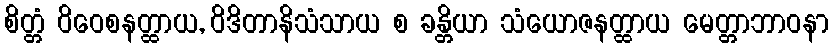
စိတ္တံ ဝိဝေစနတ္ထာယ, ဝိဒိတာနိသံသာယ စ ခန္တိယာ သံယောဇနတ္ထာယ မေတ္တာဘာဝနာ